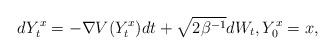
LaTeX: \begin{align*}dY_t^x=-\nabla V(Y_t^x)dt+\sqrt{2\beta^{-1}}dW_t, Y_0^x=x,\end{align*}